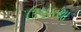
ઉપકથા